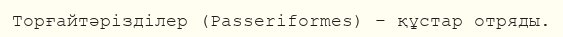
Торғайтәрізділер (Passerіformes) – құстар отряды.